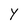
Character: Y